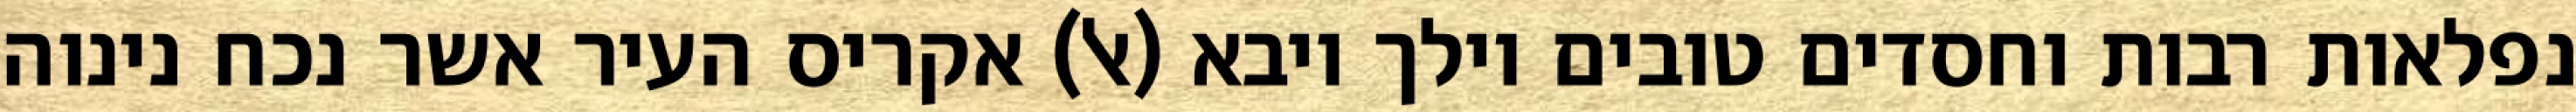
נפלאות רבות וחסדים טובים וילך ויבא (אל) אקריס העיר אשר נכח נינוה